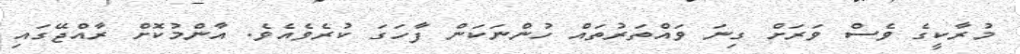
މުރާކީގެ ވެސް ވަރަށް ގިނަ ވައްތަރުތައް ހުންނަކަން ފާހަގަ ކުރެވެއެވެ. އާންމުކޮށް ރާއްޖޭގައި